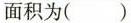
面积为()